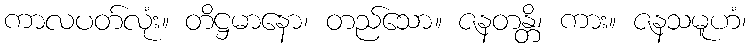
ကာလပတ်လုံး။ တိဋ္ဌမာနော၊ တည်သော။ ဇနတန္တိ၊ ကား။ ဇနသမူဟံ၊